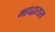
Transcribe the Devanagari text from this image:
महाद्वारास